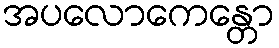
အပလောကေန္တော